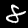
Label: 8